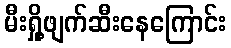
မီးရှို့ဖျက်ဆီးနေကြောင်း